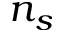
n _ { s }